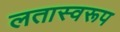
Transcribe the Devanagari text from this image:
लतास्वरूप